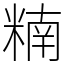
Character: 䊖